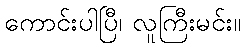
ကောင်းပါပြီ၊ လူကြီးမင်း။